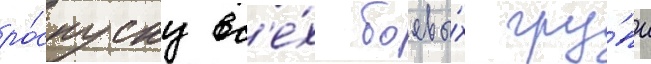
ро́спуску вс'е́х боевы́х гру́пп